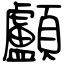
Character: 顱